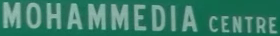
MOHAMMEDIA CENTRE